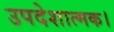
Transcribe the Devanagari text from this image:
उपदेशात्मक।